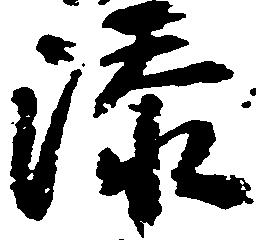
添